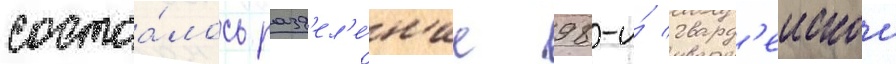
состоа́лось разд'ел'е́н'ие 98-и́ гвард'еискои